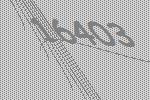
16403